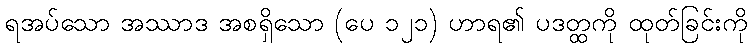
ရအပ်သော အဿာဒ အစရှိသော (ပေ ၁၂၁) ဟာရ၏ ပဒတ္ထကို ထုတ်ခြင်းကို